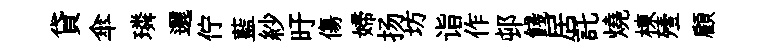
貸傘璘邐佇藍紗旴傷婦扬坊诣作邨餞居託燒棟殪顧